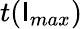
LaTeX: t(\mathsf{I}_{max})